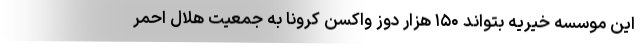
این موسسه خیریه بتواند ۱۵۰ هزار دوز واکسن کرونا به جمعیت هلال احمر